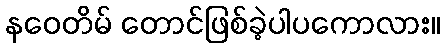
နဝေတိမ် တောင်ဖြစ်ခဲ့ပါပကောလား။